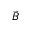
\Vec { B }